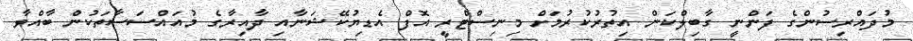
މުދައްރިސުންގެ ފަންނީ ގާބިލްކަން އިތުރުކުރުމަށް މިނިސްޓްރީ އޮފް އެޑިޔުކޭޝަނާއި ދާއިރާގެ މުއައްސަސާތަކުން ބާއްވާ